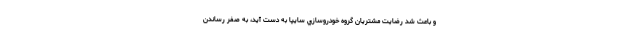
و باعث شد رضايت مشتريان گروه خودروسازي سايپا به دست آيد، به صفر رساندن